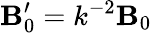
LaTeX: \mathbf{B}_{0}^{\prime}=k^{-2}\mathbf{B}_{0}